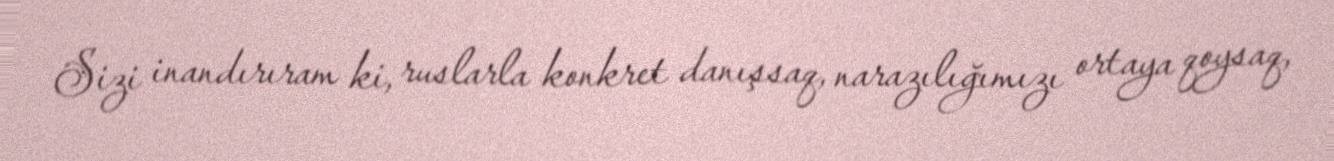
Sizi inandırıram ki, ruslarla konkret danışsaq, narazılığımızı ortaya qoysaq,